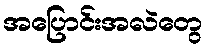
အပြောင်းအလဲတွေ